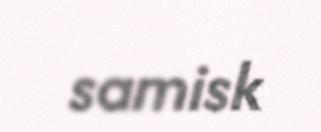
samisk